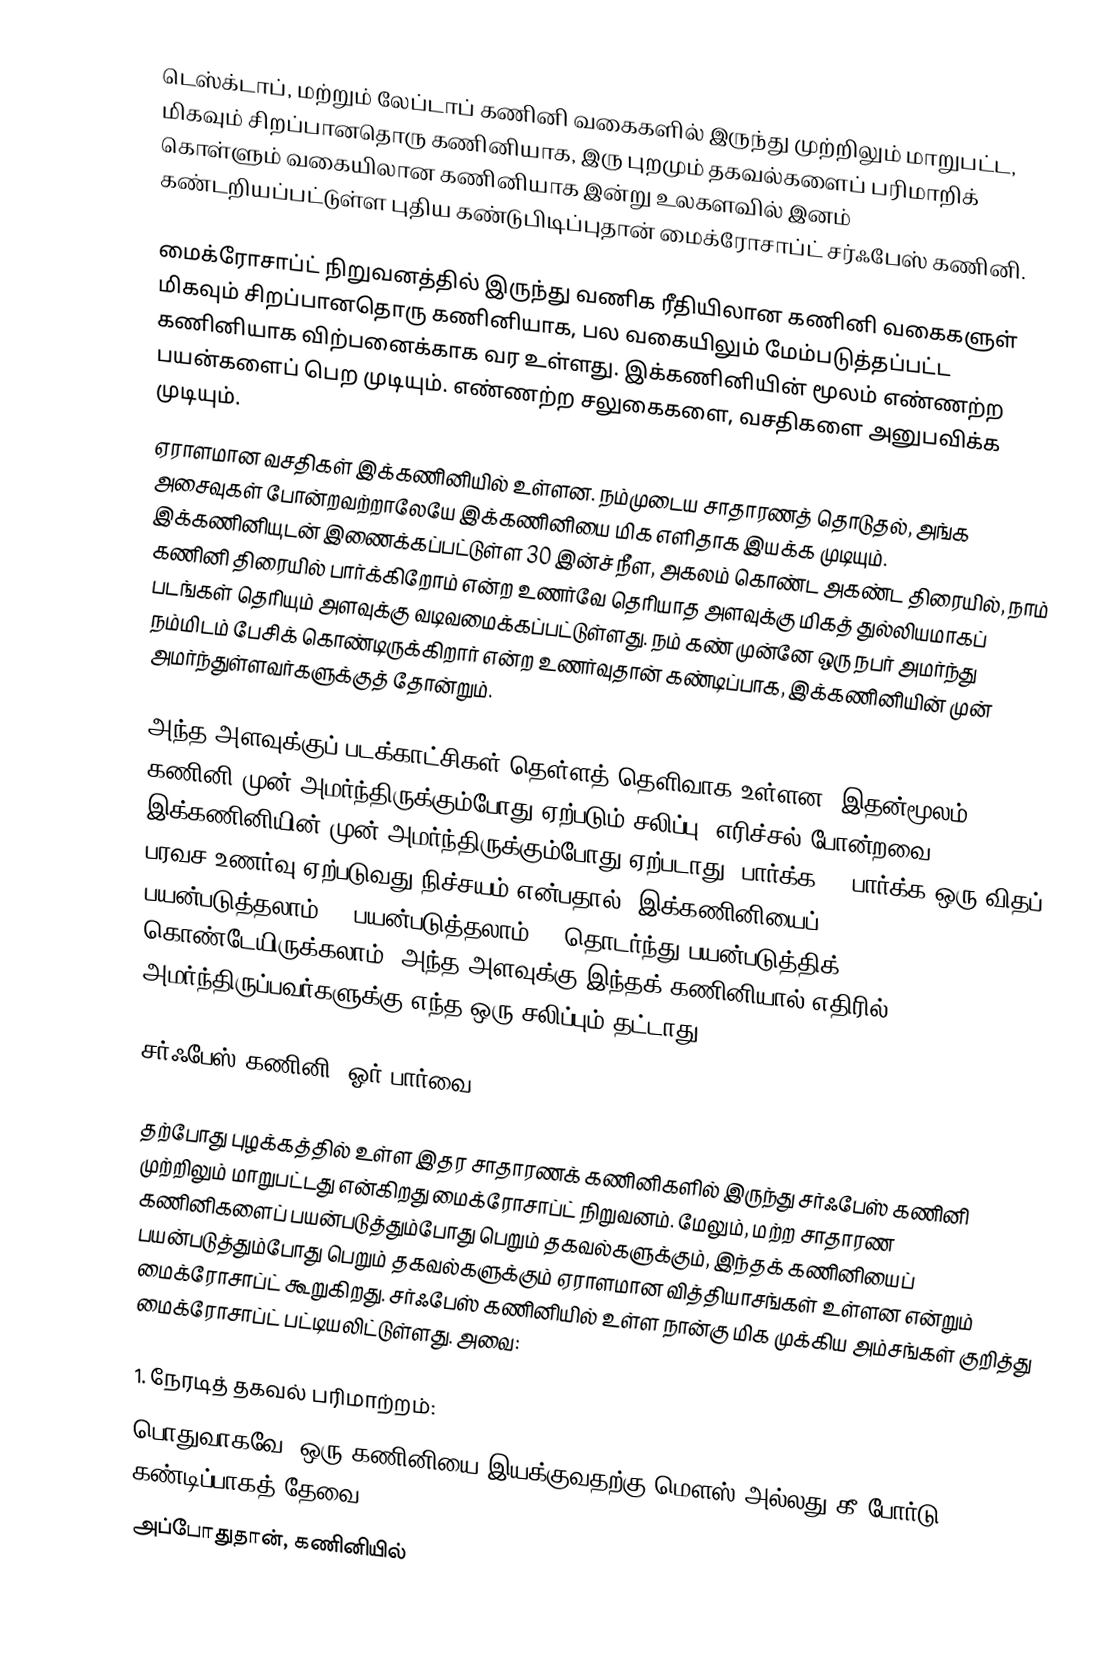
டெஸ்க்டாப், மற்றும் லேப்டாப் கணினி வகைகளில் இருந்து முற்றிலும் மாறுபட்ட, மிகவும் சிறப்பானதொரு கணினியாக, இரு புறமும் தகவல்களைப் பரிமாறிக் கொள்ளும் வகையிலான கணினியாக இன்று உலகளவில் இனம் கண்டறியப்பட்டுள்ள புதிய கண்டுபிடிப்புதான் மைக்ரோசாப்ட் சர்ஃபேஸ் கணினி.

மைக்ரோசாப்ட் நிறுவனத்தில் இருந்து வணிக ரீதியிலான கணினி வகைகளுள் மிகவும் சிறப்பானதொரு கணினியாக, பல வகையிலும் மேம்படுத்தப்பட்ட கணினியாக விற்பனைக்காக வர உள்ளது. இக்கணினியின் மூலம் எண்ணற்ற பயன்களைப் பெற முடியும். எண்ணற்ற சலுகைகளை, வசதிகளை அனுபவிக்க முடியும்.
ஏராளமான வசதிகள் இக்கணினியில் உள்ளன. நம்முடைய சாதாரணத் தொடுதல், அங்க அசைவுகள் போன்றவற்றாலேயே இக்கணினியை மிக எளிதாக இயக்க முடியும். இக்கணினியுடன் இணைக்கப்பட்டுள்ள 30 இன்ச் நீள, அகலம் கொண்ட அகண்ட திரையில், நாம் கணினி திரையில் பார்க்கிறோம் என்ற உணர்வே தெரியாத அளவுக்கு மிகத் துல்லியமாகப் படங்கள் தெரியும் அளவுக்கு வடிவமைக்கப்பட்டுள்ளது. நம் கண் முன்னே ஒரு நபர் அமர்ந்து நம்மிடம் பேசிக் கொண்டிருக்கிறார் என்ற உணர்வுதான் கண்டிப்பாக, இக்கணினியின் முன் அமர்ந்துள்ளவர்களுக்குத் தோன்றும்.

அந்த அளவுக்குப் படக்காட்சிகள் தெள்ளத் தெளிவாக உள்ளன. இதன்மூலம், கணினி முன் அமர்ந்திருக்கும்போது ஏற்படும் சலிப்பு, எரிச்சல் போன்றவை இக்கணினியின் முன் அமர்ந்திருக்கும்போது ஏற்படாது. பார்க்க....பார்க்க ஒரு விதப் பரவச உணர்வு ஏற்படுவது நிச்சயம் என்பதால், இக்கணினியைப் பயன்படுத்தலாம்....பயன்படுத்தலாம்....தொடர்ந்து பயன்படுத்திக் கொண்டேயிருக்கலாம். அந்த அளவுக்கு இந்தக் கணினியால் எதிரில் அமர்ந்திருப்பவர்களுக்கு எந்த ஒரு சலிப்பும் தட்டாது.

சர்ஃபேஸ் கணினி- ஓர் பார்வை

தற்போது புழக்கத்தில் உள்ள இதர சாதாரணக் கணினிகளில் இருந்து சர்ஃபேஸ் கணினி முற்றிலும் மாறுபட்டது என்கிறது மைக்ரோசாப்ட் நிறுவனம். மேலும், மற்ற சாதாரண கணினிகளைப் பயன்படுத்தும்போது பெறும் தகவல்களுக்கும், இந்தக் கணினியைப் பயன்படுத்தும்போது பெறும் தகவல்களுக்கும் ஏராளமான வித்தியாசங்கள் உள்ளன என்றும் மைக்ரோசாப்ட் கூறுகிறது. சர்ஃபேஸ் கணினியில் உள்ள நான்கு மிக முக்கிய அம்சங்கள் குறித்து மைக்ரோசாப்ட் பட்டியலிட்டுள்ளது. அவை:

1. நேரடித் தகவல் பரிமாற்றம்:
பொதுவாகவே, ஒரு கணினியை இயக்குவதற்கு மௌஸ் அல்லது கீ போர்டு கண்டிப்பாகத் தேவை.
அப்போதுதான், கணினியில்